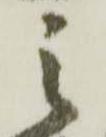
之